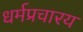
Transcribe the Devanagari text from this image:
धर्मप्रचारय